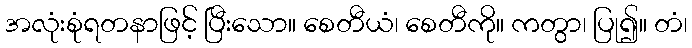
အလုံးစုံရတနာဖြင့် ပြီးသော။ စေတီယံ၊ စေတီကို။ ကတွာ၊ ပြု၍။ တံ၊